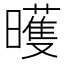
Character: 㬦